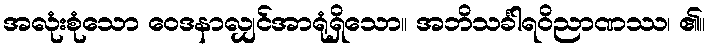
အလုံးစုံသော ဝေဒနာလျှင်အာရုံရှိသော။ အဘိသင်္ခါရဝိညာဏဿ၊ ၏။